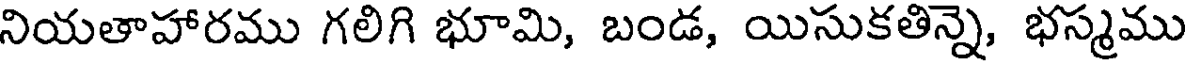
నియతాహారము గలిగి భూమి, బండ, యిసుకతిన్నె, భస్మము